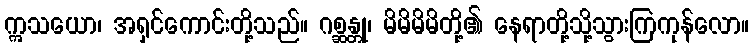
ဣသယော၊ အရှင်ကောင်းတို့သည်။ ဂစ္ဆန္တု၊ မိမိမိမိတို့၏ နေရာတို့သို့သွားကြကုန်လော။